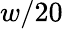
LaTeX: w/20